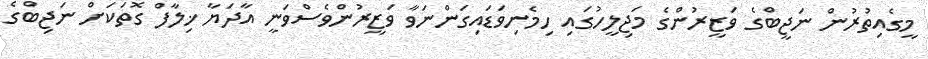
މީގެއިތުރުން ނަޖީބްގެ ވަޒީރުންގެ މަޖިލީހުގައި ހިމެނިވަޑައިގަންނަވާ ވަޒީރުންވެސްވަނީ އާދަޔާ ޚިލާފް ގޮތަކަށް ނަޖިބްގެ